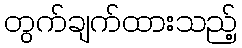
တွက်ချက်ထားသည့်